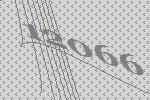
12066